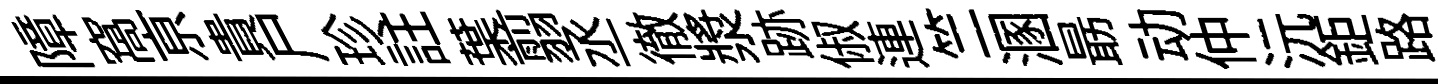
障窩亰貴尸珍註葉翦丞徹漿跡俶連竺溷朂动仲沅鉅路